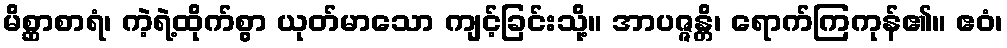
မိစ္ဆာစာရံ၊ ကဲ့ရဲ့ထိုက်စွာ ယုတ်မာသော ကျင့်ခြင်းသို့။ အာပဇ္ဇန္တိ၊ ရောက်ကြကုန်၏။ ဧဝံ၊